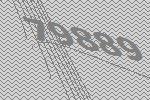
79889